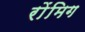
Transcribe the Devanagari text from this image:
रोंमिग